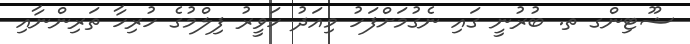
ޝޫޓިންގ ތ. ބުރުނީ ގައި ނެގުމަށްފަހު މިއަދު ހަވީރު ފިލްމުގެ ހުރިހާ ތަރިންނާއި